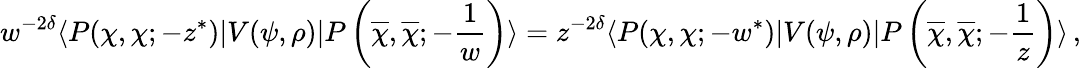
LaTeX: w^{-2\delta}\langle P(\chi,\chi;-z^{\ast})|V(\psi,\rho)|P\left(\overline{{\chi}},\overline{{\chi}};-{\frac{1}{w}}\right)\rangle=z^{-2\delta}\langle P(\chi,\chi;-w^{\ast})|V(\psi,\rho)|P\left(\overline{{\chi}},\overline{{\chi}};-{\frac{1}{z}}\right)\rangle\, ,